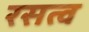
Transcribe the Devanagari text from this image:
रसत्व